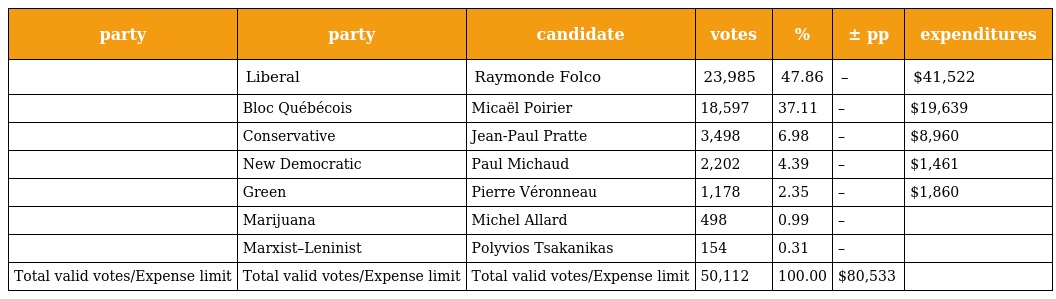
| party | party | candidate | votes | % | ± pp | expenditures |
 | --- | --- | --- | --- | --- | --- | --- |
 |  | Liberal | Raymonde Folco | 23,985 | 47.86 | – | $41,522 |
 |  | Bloc Québécois | Micaël Poirier | 18,597 | 37.11 | – | $19,639 |
 |  | Conservative | Jean-Paul Pratte | 3,498 | 6.98 | – | $8,960 |
 |  | New Democratic | Paul Michaud | 2,202 | 4.39 | – | $1,461 |
 |  | Green | Pierre Véronneau | 1,178 | 2.35 | – | $1,860 |
 |  | Marijuana | Michel Allard | 498 | 0.99 | – |  |
 |  | Marxist–Leninist | Polyvios Tsakanikas | 154 | 0.31 | – |  |
 | Total valid votes/Expense limit | Total valid votes/Expense limit | Total valid votes/Expense limit | 50,112 | 100.00 | $80,533 |  |